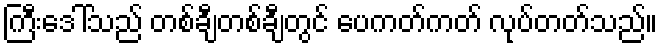
ကြီးဒေါ်သည် တစ်ချီတစ်ချီတွင် ပေကတ်ကတ် လုပ်တတ်သည်။